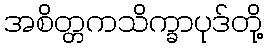
အစိတ္တကသိက္ခာပုဒ်တို့